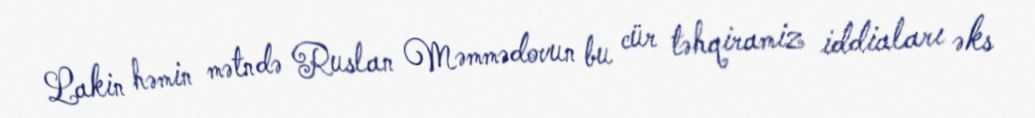
Lakin həmin mətndə Ruslan Məmmədovun bu cür təhqiramiz iddiaları əks